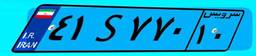
۴۱S۷۷۰۱۰